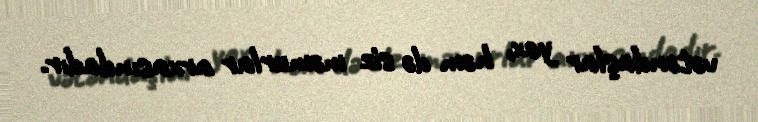
vətəndaşlar yox, həm də siz məmurlar arxasındadır.